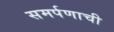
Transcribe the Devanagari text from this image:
समर्पणाची